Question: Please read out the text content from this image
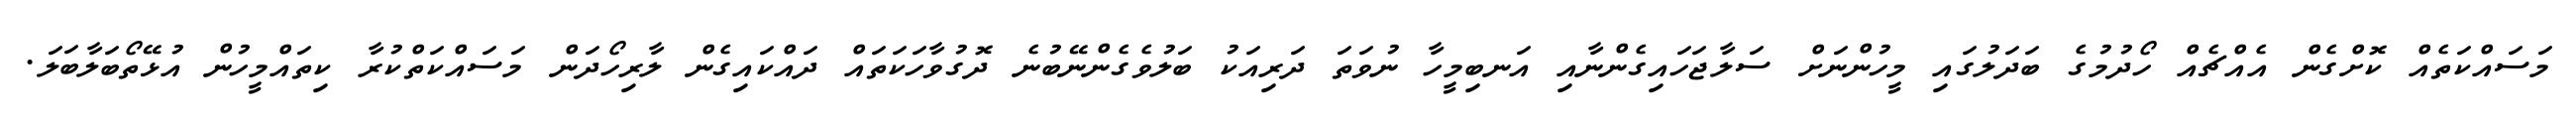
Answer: މަސައްކަތެއް ކޮށްގެން އެއްޗެއް ހޯދުމުގެ ބަދަލުގައި މީހުންނަށް ސަލާޖަހައިގެންނާއި އަނބިމީހާ ނުވަތަ ދަރިއަކު ބަލުވެގެންނޭބުނެ ދޮގުވާހަކަތައް ދައްކައިގެން ލާރިހޯދަން މަސައްކަތްކުރާ ކިތައްމީހުން އުޅޭތޯބަލާބަލަ.